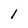
Character: l